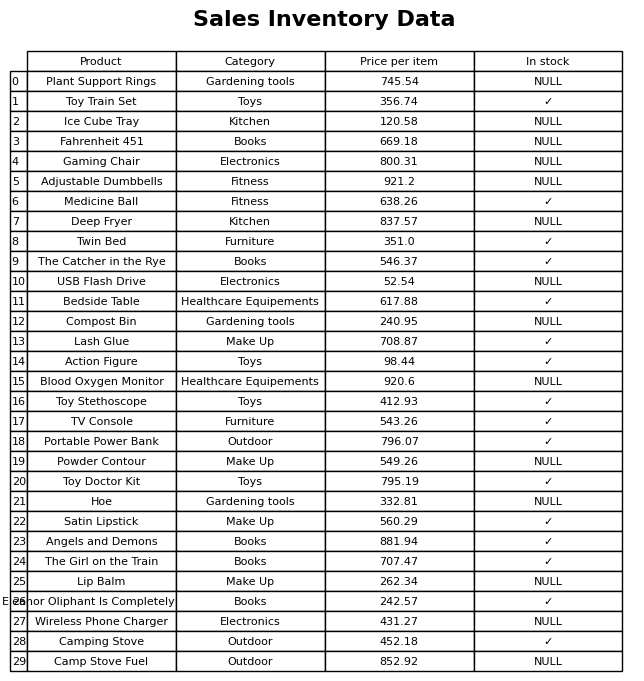
question: Is the Lash Glue in stock?
answer: ✓